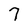
Character: 7